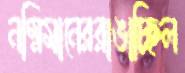
নম্নিমানেররাঙাচ্ছিল